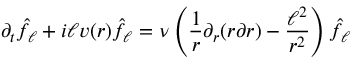
\partial _ { t } \hat { f } _ { \ell } + i \ell v ( r ) \hat { f } _ { \ell } = \nu \left( \frac { 1 } { r } \partial _ { r } ( r \partial r ) - \frac { \ell ^ { 2 } } { r ^ { 2 } } \right) \hat { f } _ { \ell }